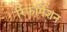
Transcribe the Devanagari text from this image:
रिफार्मेशन